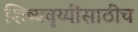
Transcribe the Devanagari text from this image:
शिष्यवृय्यींसाठीच